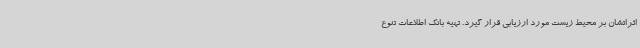
اثراتشان بر محیط زیست مورد ارزیابی قرار گیرد. تهیه بانک اطلاعات تنوع